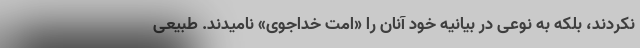
نکردند، بلکه به نوعی در بیانیه خود آنان را «امت خداجوی» نامیدند. طبیعی